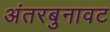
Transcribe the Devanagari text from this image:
अंतरबुनावट